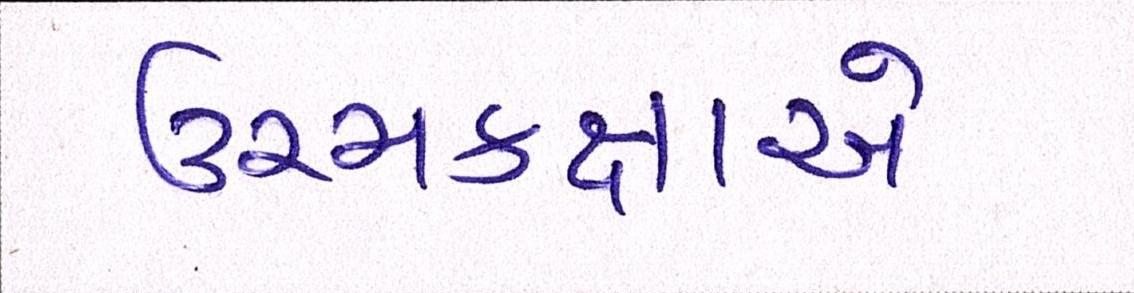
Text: ઉચ્ચકક્ષાએ